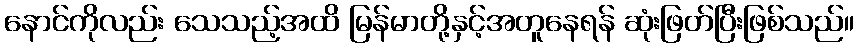
နောင်ကိုလည်း သေသည့်အထိ မြန်မာတို့နှင့်အတူနေရန် ဆုံးဖြတ်ပြီးဖြစ်သည်။